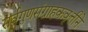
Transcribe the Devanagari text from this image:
सर्वगुणसंग्राहकवृत्तीने